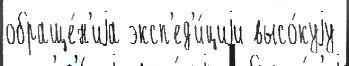
обраще́н'иjа эксп'ед'и́циjи высо́куjу